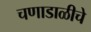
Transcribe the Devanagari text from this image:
चणाडाळीचे